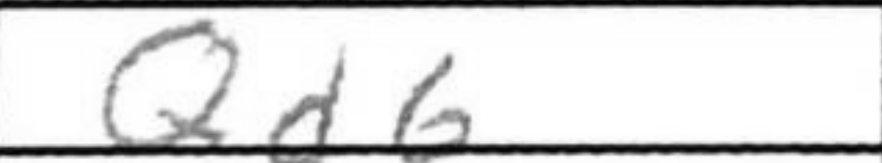
Transcription: Qd6